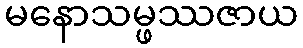
မနောသမ္ဖဿဇာယ